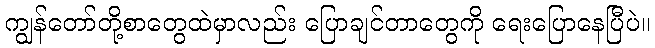
ကျွန်တော်တို့စာတွေထဲမှာလည်း ပြောချင်တာတွေကို ရေးပြောနေပြီပဲ။